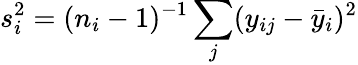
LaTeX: s_{i}^{2}=(n_{i}-1)^{-1}\sum_{j}(y_{ij}-{\bar{y}}_{i})^{2}